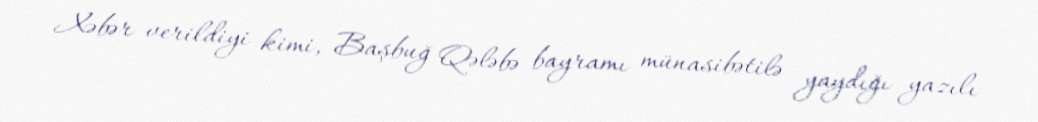
Xəbər verildiyi kimi, Başbuğ Qələbə bayramı münasibətilə yaydığı yazılı